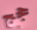
حجج